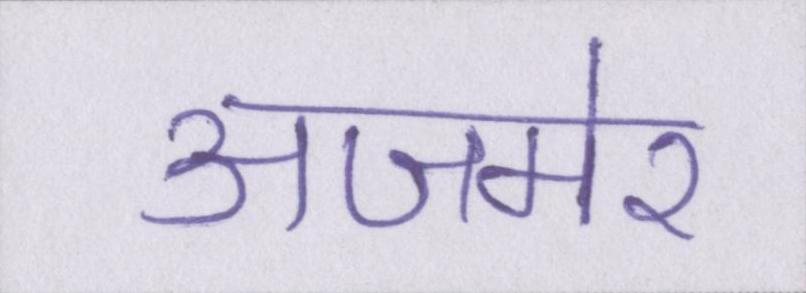
अजमेर